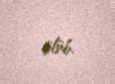
ölüb.